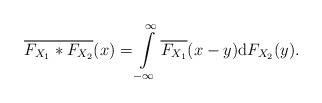
LaTeX: \begin{align*}\overline{F_{X_1}*F_{X_2}}(x)&=\int\limits_{-\infty}^{\infty} \overline{F_{X_1}}(x-y)\mbox{d}F_{X_2}(y).\end{align*}